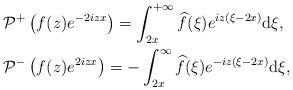
\begin{align*}&\mathcal{P}^+\left(f(z) e^{-2iz x}\right) =\int_{2x}^{+\infty} \widehat{f}(\xi)e^{iz(\xi-2x) }\mathrm{d}\xi,\\&\mathcal{P}^-\left(f(z) e^{2iz x}\right) =-\int^{\infty}_{2x} \widehat{f}(\xi)e^{-iz(\xi-2x ) }\mathrm{d}\xi,\end{align*}